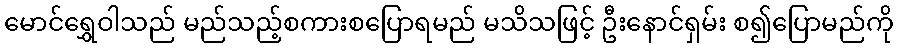
မောင်ရွှေဝါသည် မည်သည့်စကားစပြောရမည် မသိသဖြင့် ဦးနောင်ရှမ်း စ၍ပြောမည်ကို